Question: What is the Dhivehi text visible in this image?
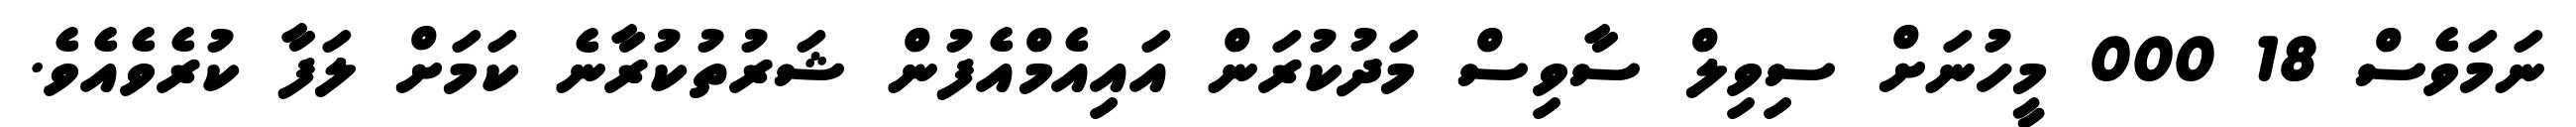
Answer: ނަމަވެސް 18 000 މީހުނަށް ސިވިލް ސާވިސް މަދުކުރަން އައިއެމްއެފުން ޝަރުތުކުރާނެ ކަމަށް ލަފާ ކުރެވެއެވެ.